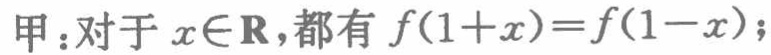
甲：对于\(x\in\mathbf{R}\)，都有\(f(1 + x)=f(1 - x)\)；